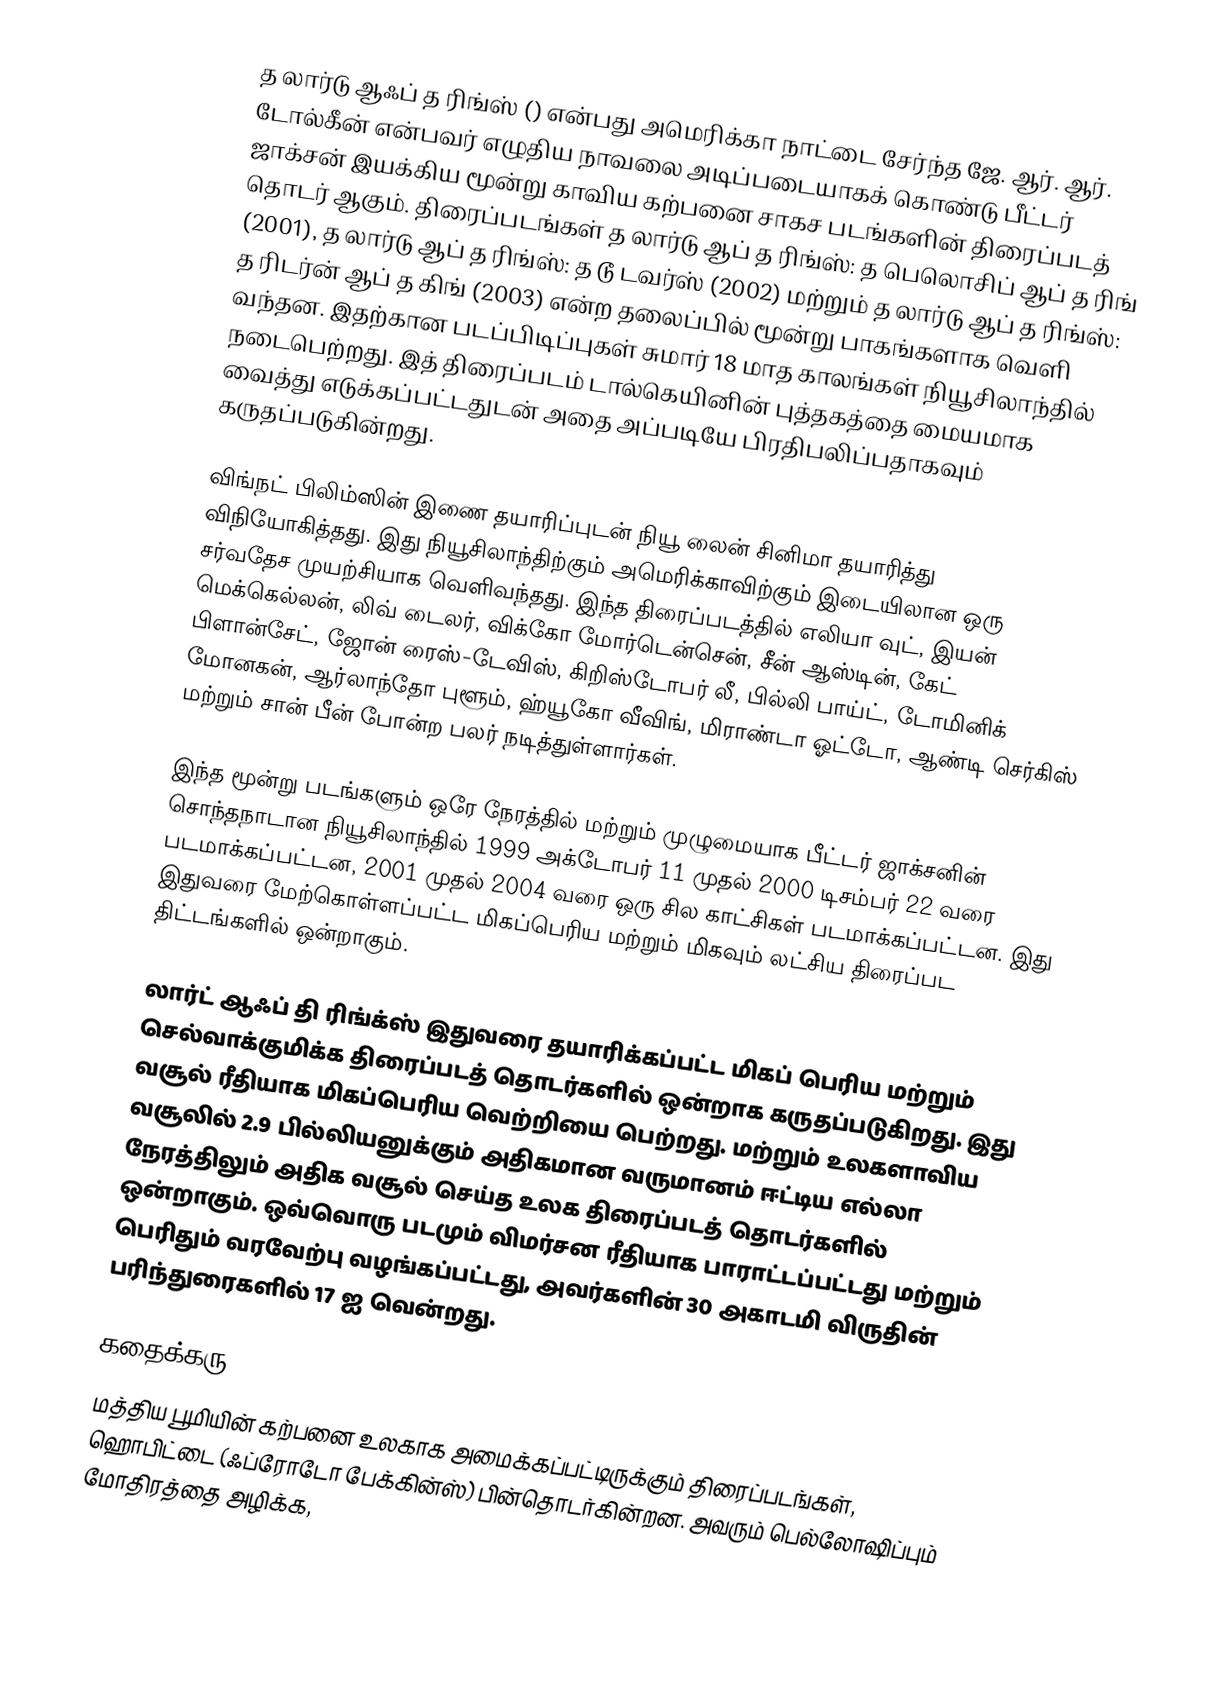
த லார்டு ஆஃப் த ரிங்ஸ் () என்பது அமெரிக்கா நாட்டை சேர்ந்த ஜே. ஆர். ஆர். டோல்கீன் என்பவர் எழுதிய நாவலை அடிப்படையாகக் கொண்டு பீட்டர் ஜாக்சன் இயக்கிய மூன்று காவிய கற்பனை சாகச படங்களின் திரைப்படத் தொடர் ஆகும். திரைப்படங்கள் த லார்டு ஆப் த ரிங்ஸ்: த பெலொசிப் ஆப் த ரிங் (2001), த லார்டு ஆப் த ரிங்ஸ்: த டூ டவர்ஸ் (2002) மற்றும் த லார்டு ஆப் த ரிங்ஸ்: த ரிடர்ன் ஆப் த கிங் (2003) என்ற தலைப்பில் மூன்று பாகங்களாக வெளி வந்தன. இதற்கான படப்பிடிப்புகள் சுமார் 18 மாத காலங்கள் நியூசிலாந்தில் நடைபெற்றது. இத் திரைப்படம் டால்கெயினின் புத்தகத்தை மையமாக வைத்து எடுக்கப்பட்டதுடன் அதை அப்படியே பிரதிபலிப்பதாகவும் கருதப்படுகின்றது.

விங்நட் பிலிம்ஸின் இணை தயாரிப்புடன் நியூ லைன் சினிமா தயாரித்து விநியோகித்தது. இது நியூசிலாந்திற்கும் அமெரிக்காவிற்கும் இடையிலான ஒரு சர்வதேச முயற்சியாக வெளிவந்தது. இந்த திரைப்படத்தில் எலியா வுட், இயன் மெக்கெல்லன், லிவ் டைலர், விக்கோ மோர்டென்சென், சீன் ஆஸ்டின், கேட் பிளான்சேட், ஜோன் ரைஸ்-டேவிஸ், கிறிஸ்டோபர் லீ, பில்லி பாய்ட்,  டோமினிக் மோனகன், ஆர்லாந்தோ புளூம், ஹ்யூகோ வீவிங், மிராண்டா ஓட்டோ, ஆண்டி செர்கிஸ் மற்றும் சான் பீன் போன்ற பலர் நடித்துள்ளார்கள்.

இந்த மூன்று படங்களும் ஒரே நேரத்தில் மற்றும் முழுமையாக பீட்டர் ஜாக்சனின் சொந்தநாடான நியூசிலாந்தில் 1999 அக்டோபர் 11 முதல் 2000 டிசம்பர் 22 வரை படமாக்கப்பட்டன, 2001 முதல் 2004 வரை ஒரு சில காட்சிகள் படமாக்கப்பட்டன. இது இதுவரை மேற்கொள்ளப்பட்ட மிகப்பெரிய மற்றும் மிகவும் லட்சிய திரைப்பட திட்டங்களில் ஒன்றாகும்.

லார்ட் ஆஃப் தி ரிங்க்ஸ் இதுவரை தயாரிக்கப்பட்ட மிகப் பெரிய மற்றும் செல்வாக்குமிக்க திரைப்படத் தொடர்களில் ஒன்றாக கருதப்படுகிறது. இது வசூல் ரீதியாக மிகப்பெரிய வெற்றியை பெற்றது. மற்றும் உலகளாவிய வசூலில் 2.9 பில்லியனுக்கும் அதிகமான வருமானம் ஈட்டிய எல்லா நேரத்திலும் அதிக வசூல் செய்த உலக திரைப்படத் தொடர்களில் ஒன்றாகும். ஒவ்வொரு படமும் விமர்சன ரீதியாக பாராட்டப்பட்டது மற்றும் பெரிதும் வரவேற்பு வழங்கப்பட்டது, அவர்களின் 30 அகாடமி விருதின் பரிந்துரைகளில் 17 ஐ வென்றது.

கதைக்கரு
மத்திய பூமியின் கற்பனை உலகாக அமைக்கப்பட்டிருக்கும் திரைப்படங்கள், ஹொபிட்டை (ஃப்ரோடோ பேக்கின்ஸ்) பின்தொடர்கின்றன. அவரும் பெல்லோஷிப்பும் மோதிரத்தை அழிக்க,